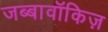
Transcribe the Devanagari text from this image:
जब्बावॉकिज़